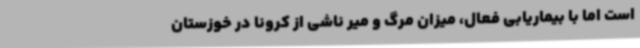
است اما با بیماریابی فعال، میزان مرگ و میر ناشی از کرونا در خوزستان